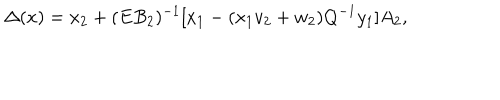
\Delta ( x ) = x _ { 2 } + ( E B _ { 2 } ) ^ { - 1 } \lbrack x _ { 1 } - ( x _ { 1 } v _ { 2 } + w _ { 2 } ) Q ^ { - 1 } y _ { 1 } \rbrack A _ { 2 } ,